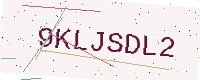
Text: 9KLJSDL2